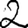
Digit: 2